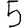
Digit: 5